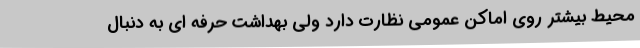
محیط بیشتر روی اماکن عمومی نظارت دارد ولی بهداشت حرفه ای به دنبال